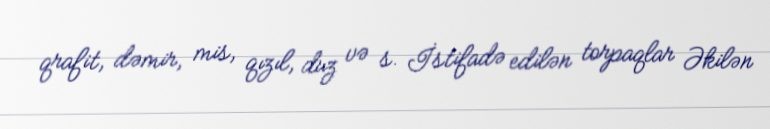
qrafit, dəmir, mis, qızıl, duz və s. İstifadə edilən torpaqlar Əkilən